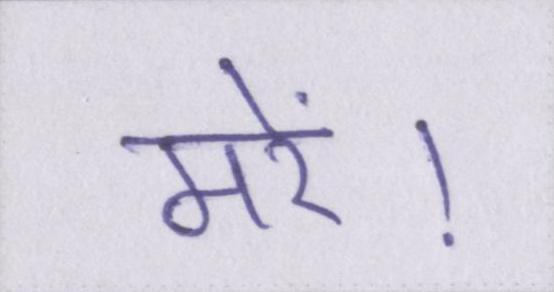
मरें।